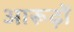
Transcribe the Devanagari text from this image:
आरूढ़ों